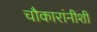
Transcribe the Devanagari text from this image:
चौकारांनीशी